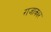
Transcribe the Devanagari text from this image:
राजाकार